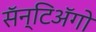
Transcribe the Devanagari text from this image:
सॅन्टिॲगो